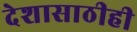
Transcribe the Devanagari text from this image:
देशासाठीही